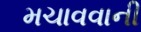
મચાવવાની